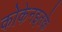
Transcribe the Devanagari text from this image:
कोकेनइतके